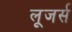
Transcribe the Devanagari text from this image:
लूजर्स